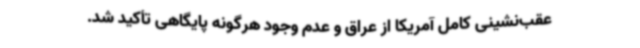
عقب‌نشینی کامل آمریکا از عراق و عدم وجود هرگونه پایگاهی تأکید شد.